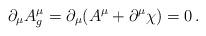
LaTeX: \begin{align*}\partial_\mu A^\mu_g = \partial_\mu (A^\mu + \partial^\mu \chi) = 0 \, .\end{align*}